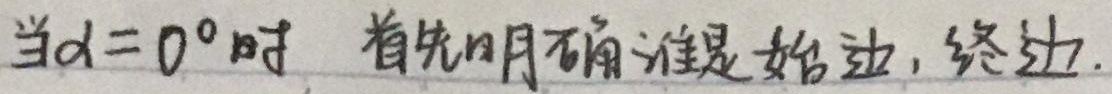
当\(\alpha = 0^{\circ}\)时，首先明确谁是始边，终边.